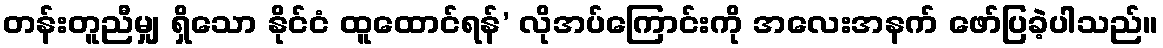
တန်းတူညီမျှ ရှိသော နိုင်ငံ ထူထောင်ရန်’ လိုအပ်ကြောင်းကို အလေးအနက် ဖော်ပြခဲ့ပါသည်။